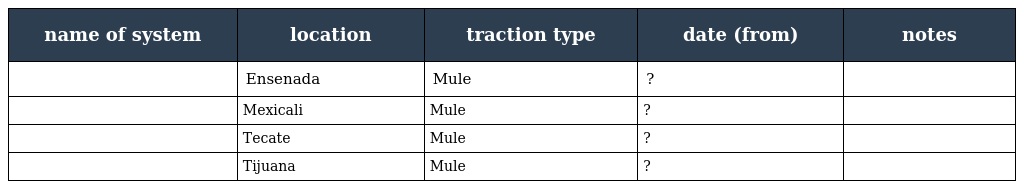
| name of system | location | traction type | date (from) | notes |
 | --- | --- | --- | --- | --- |
 |  | Ensenada | Mule | ? |  |
 |  | Mexicali | Mule | ? |  |
 |  | Tecate | Mule | ? |  |
 |  | Tijuana | Mule | ? |  |